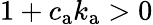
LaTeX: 1+c_{\mathrm{a}}k_{\mathrm{a}}>0